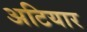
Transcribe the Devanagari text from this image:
अटियार